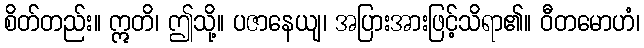
စိတ်တည်း။ ဣတိ၊ ဤသို့။ ပဇာနေယျ၊ အပြားအားဖြင့်သိရာ၏။ ဝီတမောဟံ၊